Report on vaccination in Madras 1877-1894 - 1877-1894
Year: 1877
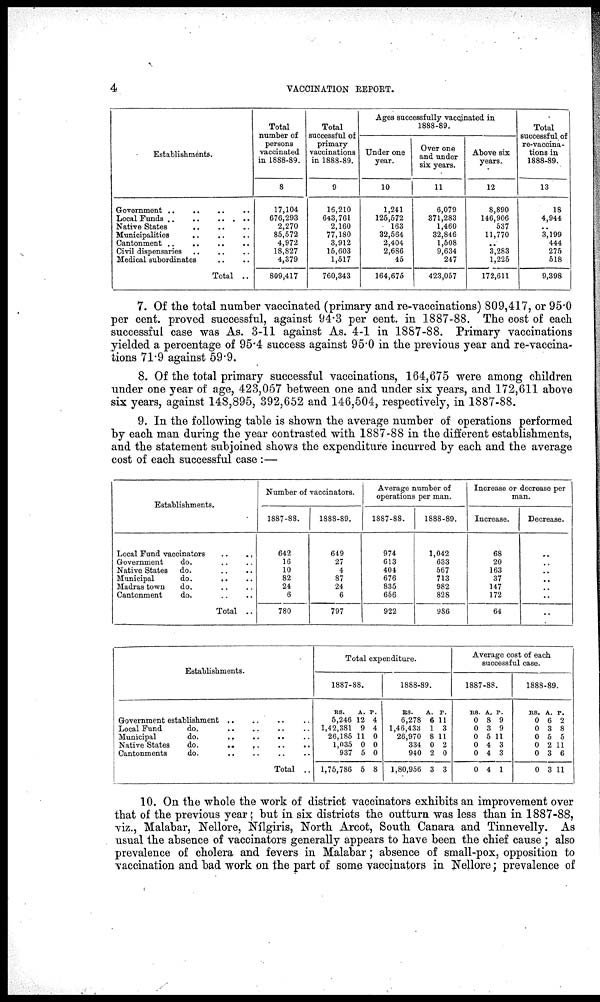
4
VACCINATION REPORT.
Establishments.
Government .. .. .. ..
Local Fund .. .. .. ..
Native States .. .. ..
Municipalities .. .. ..
Cantonment .. .. ..
Civil dispensaries .. .. ..
Medical subordinates .. ..
Total ..
Total
number of
persons
vaccinated
in 1888-89.
8
17,104
676,293
2,270
85,572
4,972
18,827
4,379
809,417
Total
successful of
primary
vaccinations
in 1888-89.
9
16,210
643,761
2,160
77,180
3,912
15,603
1,517
760,343
Ages successfully vaccinated in
1888-89.
Under one
year.
10
1,241
125,572
163
32,564
2,404
2,686
45
164,675
Over one
and under
six years.
11
6,079
371,283
1,460
32,846
1,508
9,634
247
423,057
Above six
years.
12
8,890
146,906
537
11,770
.. 3,283
1,225
172,611
Total
successful of
re-vaccina-
tions in
1888-89.
13
18
4,944
.. 3,199
444
275
518
9,398
7. Of the total number vaccinated (primary and re-vaccinations) 809,417, or 95.0
per cent. proved successful, against 94.3 per cent. in 1887-88. The cost of each
successful case was As. 3-11 against As. 4-1 in 1887-88. Primary vaccinations
yielded a percentage of 95.4 success against 95.0 in the previous year and re-vaccina-
tions 71.9 against 59.9.
8. Of the total primary successful vaccinations, 164,675 were among children
under one year of age, 423,057 between one and under six years, and 172,611 above
six years, against 148,895, 392,652 and 146,504, respectively, in 1887-88.
9. In the following table is shown the average number of operations performed
by each man during the year contrasted with 1887-88 in the different establishments,
and the statement subjoined shows the expenditure incurred by each and the average
cost of each successful case :—
Establishments.
Local Fund vaccinators
..
..
Government
do. .. ..
Native States
do.
..
..
Municipal
do.
.. ..
Madras town
do. .. ..
Cantonment
do. .. ..
Total ..
Number of vaccinators.
1887-88.
642
16
10
82
24
6
780
1888-89.
649
27
4
87
24
6
797
Average number of
operations per man.
1887-88.
974
613
404
676
835
656
922
1888-89.
1,042
633
567
713
982
828
986
Increase or decrease per
man.
Increase.
68
20
163
37
147
172
64
Decrease.
..
..
..
..
..
..
..
Establishments.
Government establishment .. .. .. ..
Local Fund do. .. .. .. ..
Municipal do. .. .. .. ..
Native States do. .. .. .. ..
Cantonments do. .. .. .. ..
Total ..
Total expenditure.
1887-88.
RS.
5,246
1,42,381
26,185
1,035
937
1,75,786
A.
12
9
11
0
5
5
P.
4
4
0
0
0
8
1888-89.
RS.
6,278
1,46,433
26,970
334
940
1,80,956
A.
6
1
8
0
2
3
P.
11
3
11
2
0
3
Average cost of each
successful case.
1887-88.
RS.
0
0
0
0
0
0
A.
8
3
5
4
4
4
P.
9
9
11
3
3
1
1888-89.
RS.
0
0
0
0
0
0
A.
6
3
5
2
3
3
P.
2
8
5
11
6
11
10. On the whole the work of district vaccinators exhibits an improvement over
that of the previous year; but in six districts the outturn was less than in 1887-88,
viz., Malabar, Nellore, Nílgiris, North Arcot, South Canara and Tinnevelly. As
usual the absence of vaccinators generally appears to have been the chief cause ; also
prevalence of cholera and fevers in Malabar; absence of small-pox, opposition to
vaccination and bad work on the part of some vaccinators in Nellore; prevalence of